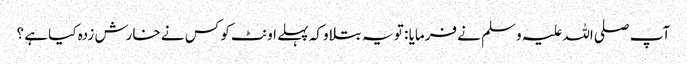
آپ صلی اللہ علیہ وسلم نے فرمایا : تو یہ بتلاو کہ پہلے اونٹ کو کس نے خارش زدہ کیا ہے ؟